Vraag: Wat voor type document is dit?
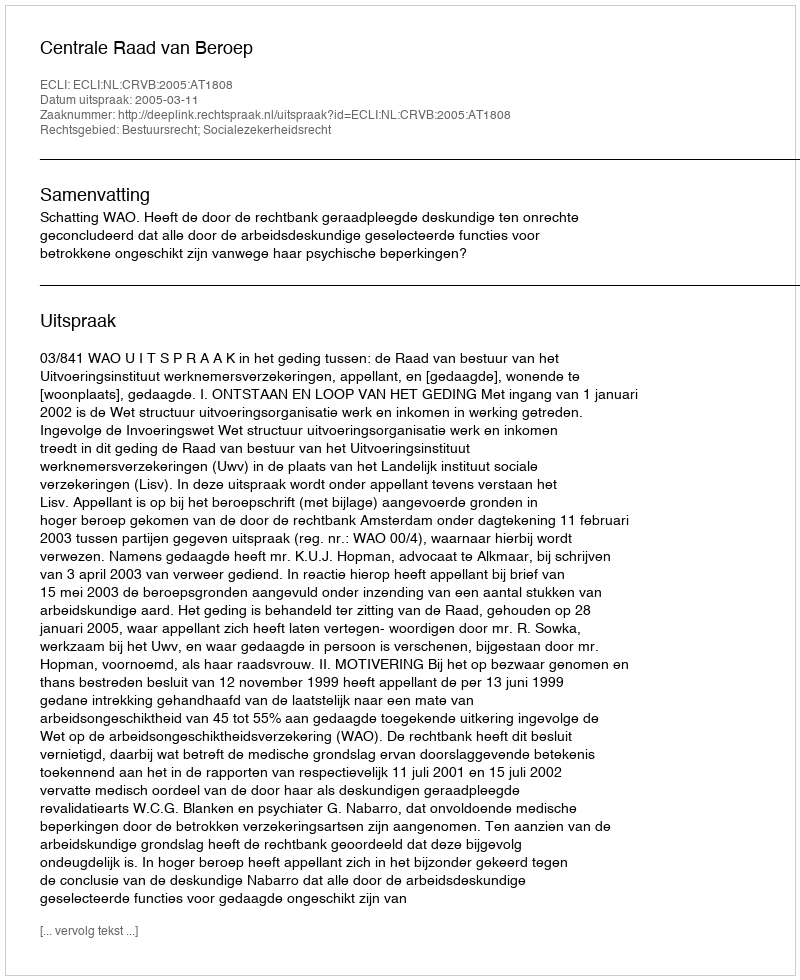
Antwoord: Uitspraak